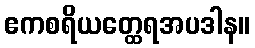
ဧကစရိယတ္ထေရအပဒါန။